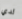
لدي